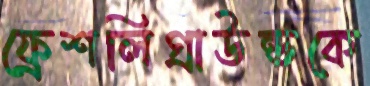
ফ্রেশলিগ্রাউন্ডকে